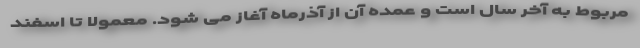
مربوط به آخر سال است و عمده آن از آذرماه آغاز می شود. معمولا تا اسفند